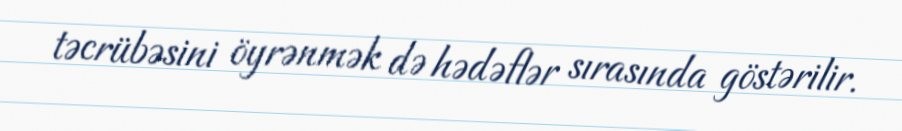
təcrübəsini öyrənmək də hədəflər sırasında göstərilir.